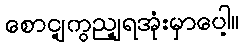
စောင့ျကွည့ျရအုံးမှာပေါ့။